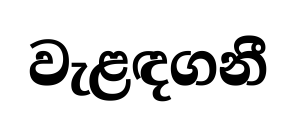
වැළඳගනී